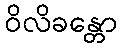
ဝိလိခန္တော